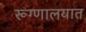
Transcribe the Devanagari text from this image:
रूग्‍णालयात